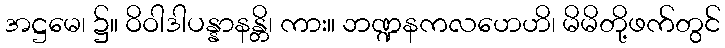
အဋ္ဌမေ၊ ၌။ ဝိဝါဒါပန္နာနန္တိ၊ ကား။ ဘဏ္ဍနကလဟေဟိ၊ မိမိတို့ဖက်တွင်